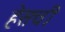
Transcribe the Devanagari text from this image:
हेसची